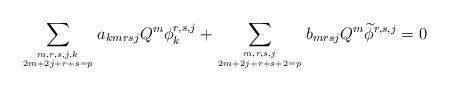
LaTeX: \begin{align*} \sum_{m,r,s,j,k \atop 2m+2j+r+s=p} a_{kmrsj} Q^m\phi_k^{r,s,j} + \sum_{m,r,s,j \atop 2m+2j+r+s+2=p} b_{mrsj} Q^m\widetilde\phi^{r,s,j}=0\end{align*}